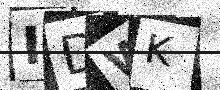
Text: IDWK